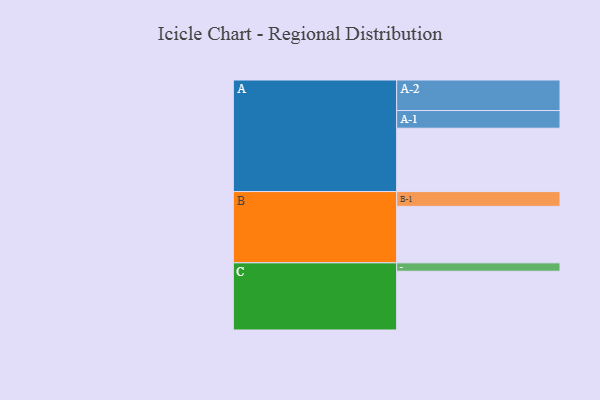
{"axis": {"x": "Segment", "y": "Value"}, "legend": ["", "A", "B", "C"], "data": [{"x": "A", "y": 552, "type": ""}, {"x": "B", "y": 492, "type": ""}, {"x": "C", "y": 512, "type": ""}, {"x": "A-1", "y": 154, "type": "A"}, {"x": "A-2", "y": 266, "type": "A"}, {"x": "B-1", "y": 129, "type": "B"}, {"x": "C-1", "y": 73, "type": "C"}]}